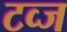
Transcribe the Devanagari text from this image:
टव्ज